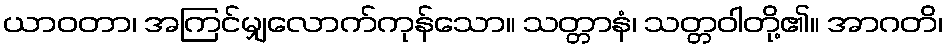
ယာဝတာ၊ အကြင်မျှလောက်ကုန်သော။ သတ္တာနံ၊ သတ္တဝါတို့၏။ အာဂတိ၊